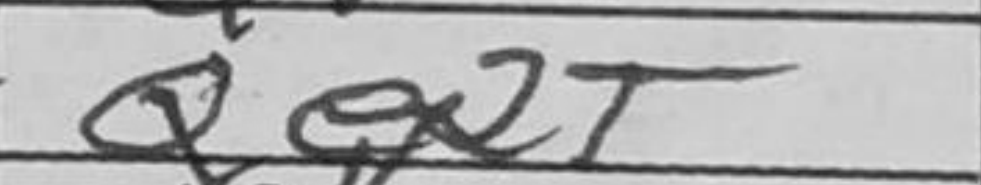
Transcription: Qe2+